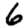
Digit: 6